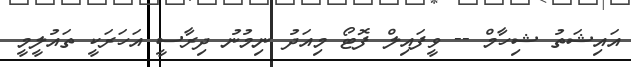
އައިޝަތު ޝިހާމް -- ވީފައިލް ފޮޓޯ މިއަދު ނިމުނު ދިރާސީ އަހަރަކީ ތައުލީމީ